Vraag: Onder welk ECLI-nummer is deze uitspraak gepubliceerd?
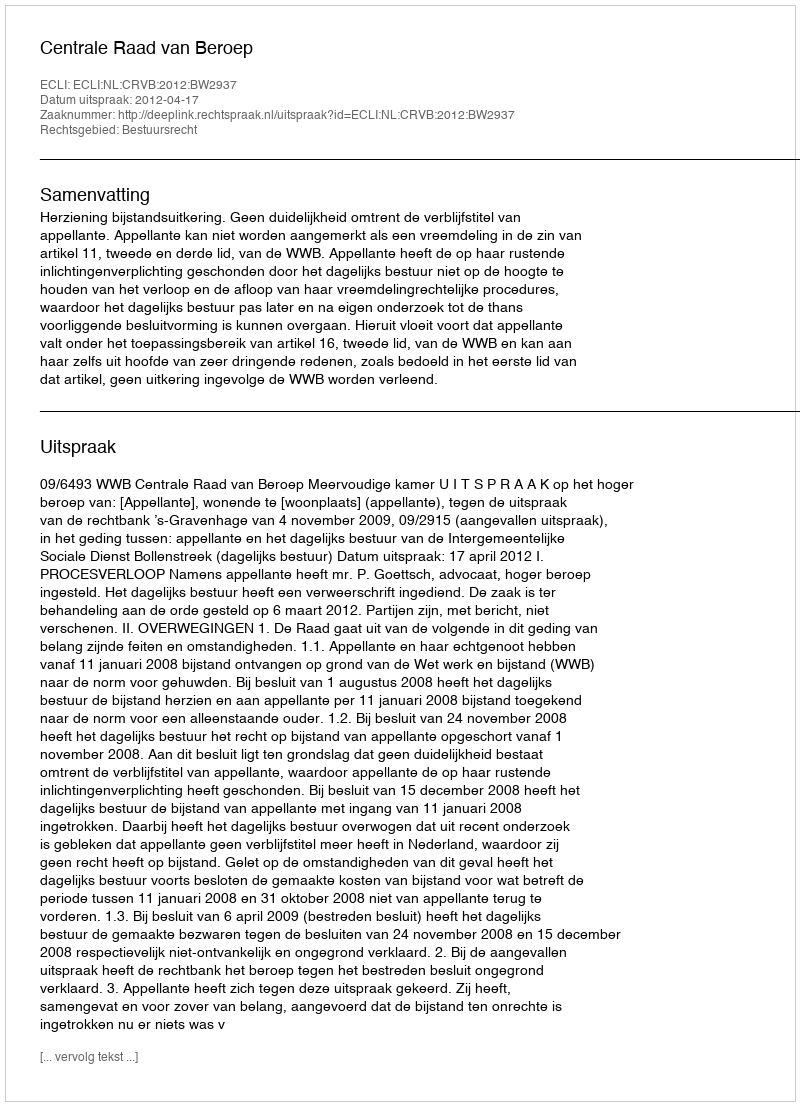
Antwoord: ECLI:NL:CRVB:2012:BW2937